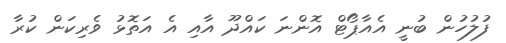
ފުލުހުން ބުނީ އެއާޕޯޓް އޮންނަ ކައްދޫ އާއި އެ އަތޮޅު ވެރިކަން ކުރާ